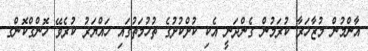
އާންމުން މުޒާހަރާ ކުރަމުން ގެންދަނީ އެކި ކުށްކުށުގެ ތުހުމަތުގައި ހައްޔަރު ކުރެވޭ ހޮންގްކޮންގ